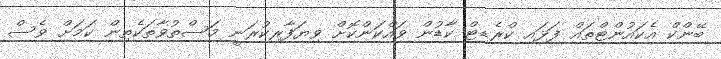
ބޭންކް އެކައުންޓްތައް ފަޅައި ކްރެޑިޓް ކާޑުން ވައްކަންކޮށް ވިޔަފާރިކުރަނީ މަސްތުވާތަކެތިން ކަމަށް ވެސް